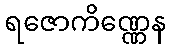
ရဇောကိဏ္ဏေန